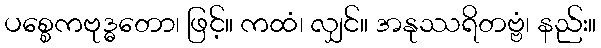
ပစ္စေကဗုဒ္ဓတော၊ ဖြင့်။ ကထံ၊ လျှင်။ အနုဿရိတဗ္ဗံ၊ နည်း။